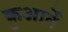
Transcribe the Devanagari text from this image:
कुआर्ते